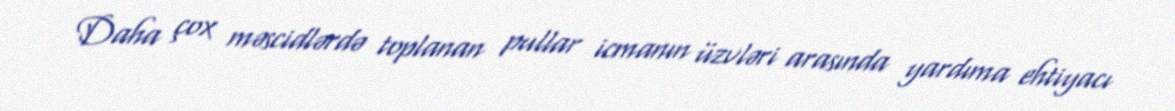
Daha çox məscidlərdə toplanan pullar icmanın üzvləri arasında yardıma ehtiyacı